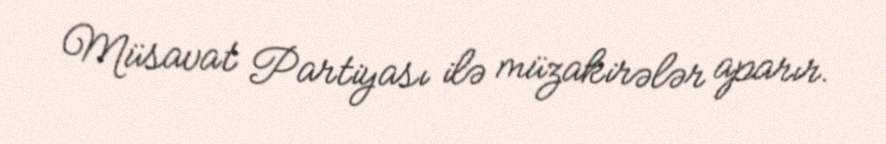
Müsavat Partiyası ilə müzakirələr aparır.